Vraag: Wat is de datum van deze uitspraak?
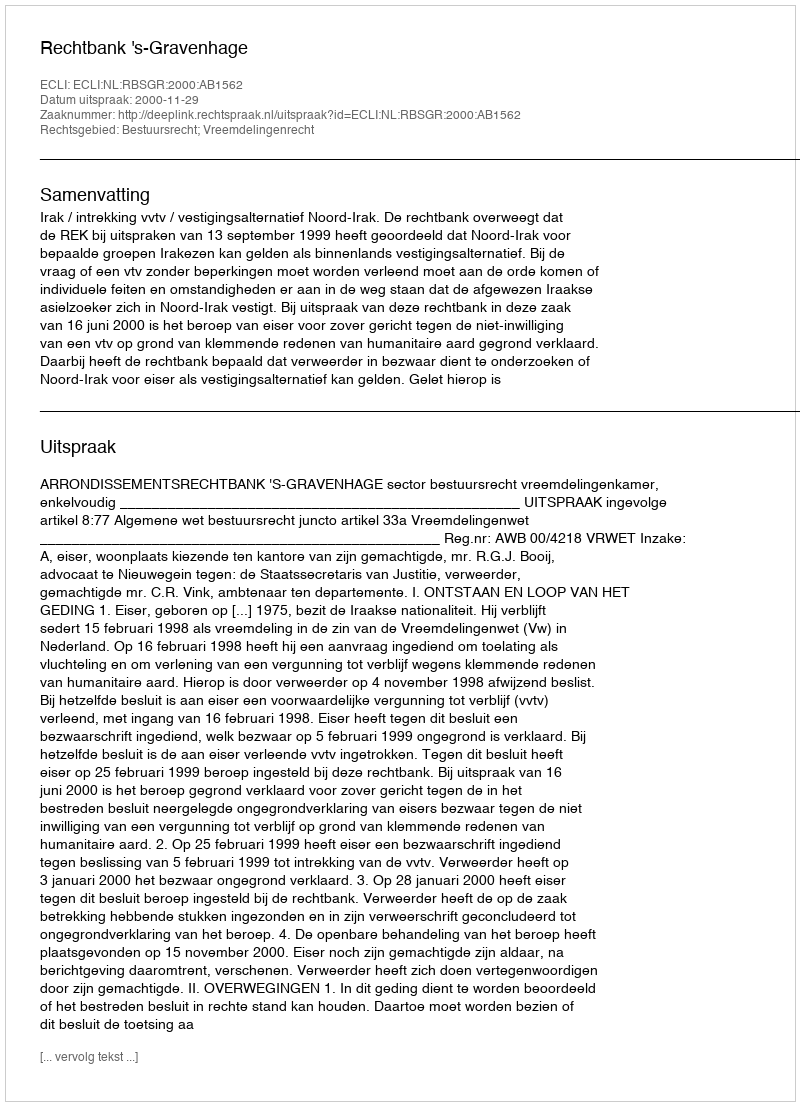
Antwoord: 2000-11-29